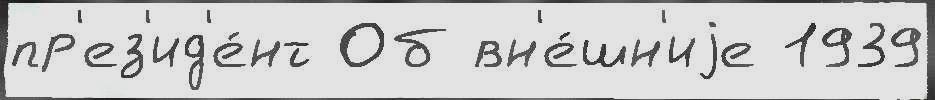
пр'ез'ид'е́нт Об вн'е́шн'иjе 1939